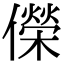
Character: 儝